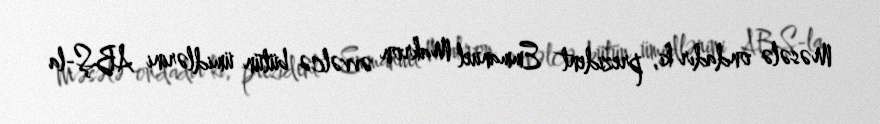
Məsələ ondadır ki, prezident Emmanuel Makron əvvəlcə bütün ümidlərini ABŞ-la